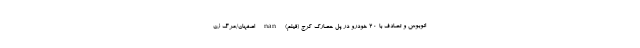
اتوبوس و تصادف با ۲۰ خودرو در پل حصارک کرج (فیلم) nan اصفهان/مرگ زن